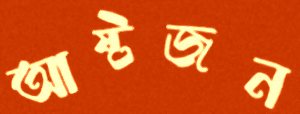
আষ্টজন